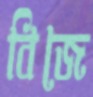
বিজে